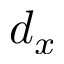
d _ { x }